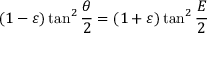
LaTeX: ( 1 - \varepsilon ) \tan ^ { 2 } { \frac { \theta } { 2 } } = ( 1 + \varepsilon ) \tan ^ { 2 } { \frac { E } { 2 } }